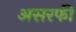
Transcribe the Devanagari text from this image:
असरफी